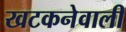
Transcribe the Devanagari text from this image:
खटकनेवाली